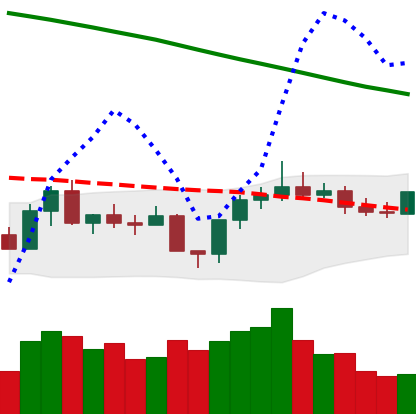
Ticker: XLM-USD
Chart end date: 2022-08-05
Forward return: 6.304%
Label: up_5_7